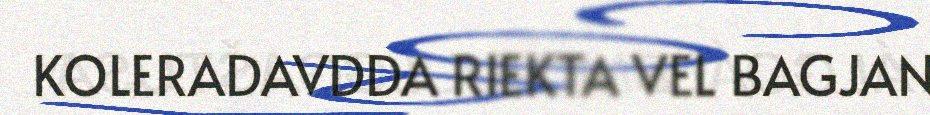
KOLERADAVDDA RIEKTA VEL BAGJAN